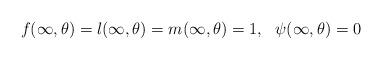
LaTeX: \begin{align*}f(\infty,\theta)=l(\infty,\theta)=m(\infty,\theta)=1,\ \ \psi(\infty,\theta)=0\end{align*}